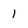
Character: l